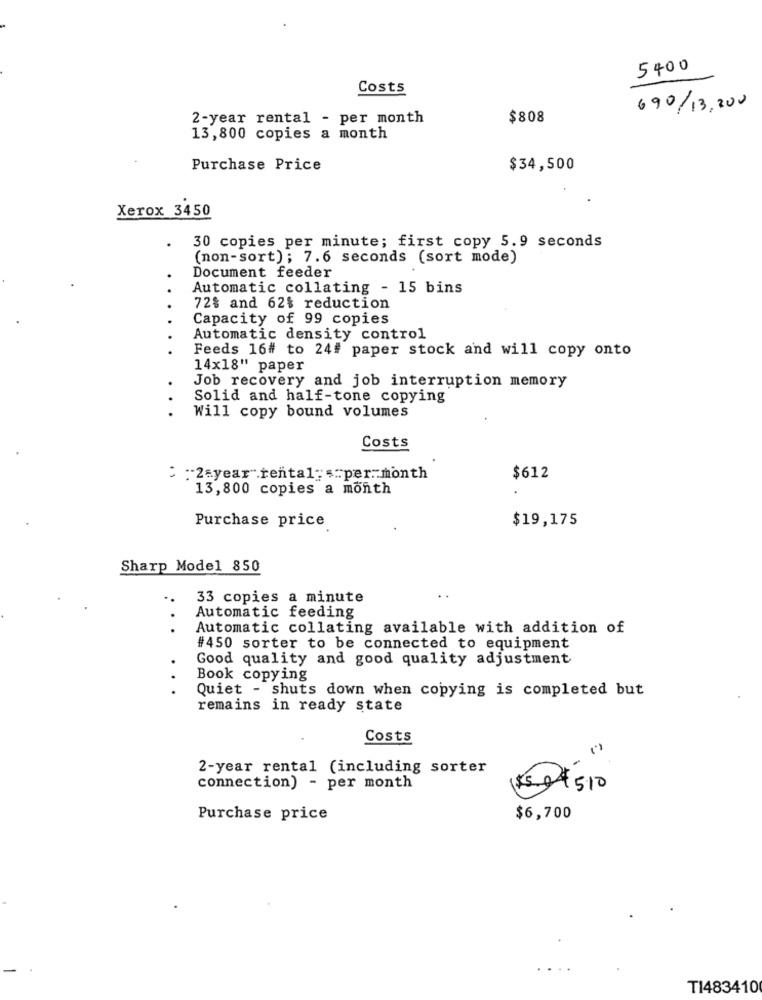
5400
Costs
690/13,200
2-year rental - per month
$808
13,800 copies a month
Purchase Price
$34,500
Xerox 3450
30 copies per minute; first copy 5.9 seconds
(non-sort) ; 7.6 seconds (sort mode)
Document feeder
Automatic collating - 15 bins
72% and 62% reduction
Capacity of 99 copies
Automatic density control
Feeds 16# to 24# paper stock and will copy onto
14×18" paper
Job recovery and job interruption memory
Solid and half-tone copying
Will copy bound volumes
Costs
3 :2 year"rental-s:per month
$612
13,800 copies a month
Purchase price
$19,175
Sharp Model 850
33 copies a minute
Automatic feeding
Automatic collating available with addition of
#450 sorter to be connected to equipment
Good quality and good quality adjustment
Book copying
Quiet - shuts down when copying is completed but
remains in ready state
Costs
2-year rental (including sorter
connection) - per month
$5 04510
Purchase price
$6,700
T1483410